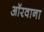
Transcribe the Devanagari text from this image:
ऑरवाना